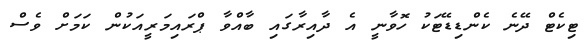
ޓިކެޓް ދޭނެ ކެންޑިޑޭޓަކު ހޮވާނީ އެ ދާއިރާގައި ބާއްވާ ޕްރައިމަރީއަކުން ކަމަށް ވެސް